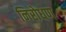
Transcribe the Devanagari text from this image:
निरोधण